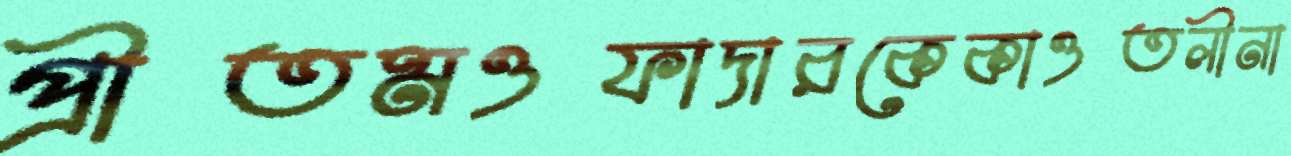
প্রীতমওফাদারকেকাওতলীনা